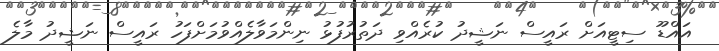
އައްޑޫ ސިޓީއަށް ރައީސް ނަޝީދު ކުރެއްވި ދަތުރުފުޅު ނިންމަވާލެއްވުމަށްފަހު ރައީސް ނަޝީދު މާލެ